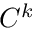
C ^ { k }